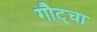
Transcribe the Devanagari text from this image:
गौट्चा